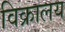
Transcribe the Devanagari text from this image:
विक्रालय